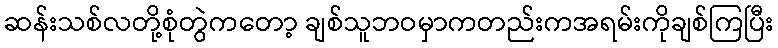
ဆန်းသစ်လတို့စုံတွဲကတော့ ချစ်သူဘဝမှာကတည်းကအရမ်းကိုချစ်ကြပြီး